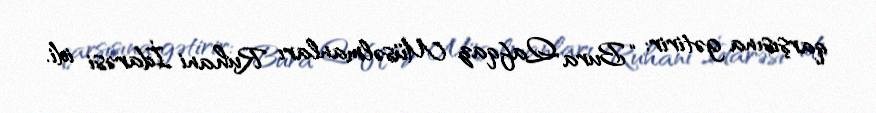
qarşısına gətirir: “Bura Qafqaz Müsəlmanları Ruhani İdarəsi idi.